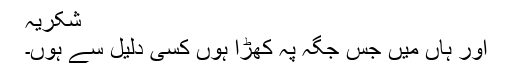
شکریہ
اور ہاں میں جس جگہ پہ کھڑا ہوں کسی دلیل سے ہوں۔